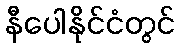
နီပေါနိုင်ငံတွင်